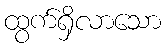
ထွက်ရှိလာသော